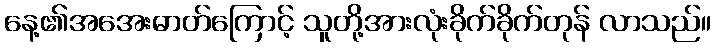
နေ့၏အအေးဓာတ်ကြောင့် သူတို့အားလုံးခိုက်ခိုက်တုန် လာသည်။